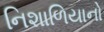
નિશાળિયાનો